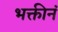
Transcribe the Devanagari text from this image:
भक्तीनं